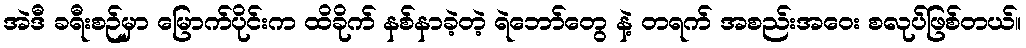
အဲဒီ ခရီးစဉ်မှာ မြောက်ပိုင်းက ထိခိုက် နစ်နာခဲ့တဲ့ ရဲဘော်တွေ နဲ့ တရက် အစည်းအဝေး စလုပ်ဖြစ်တယ်။